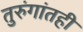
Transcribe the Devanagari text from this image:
तुरुंगांतही